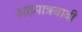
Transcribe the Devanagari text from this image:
अहमात्रवादी